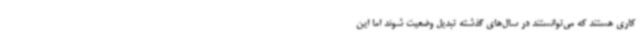
کاری هستند که می‌توانستند در سال‌های گذشته تبدیل وضعیت شوند اما این